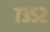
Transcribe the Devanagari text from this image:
७३५२